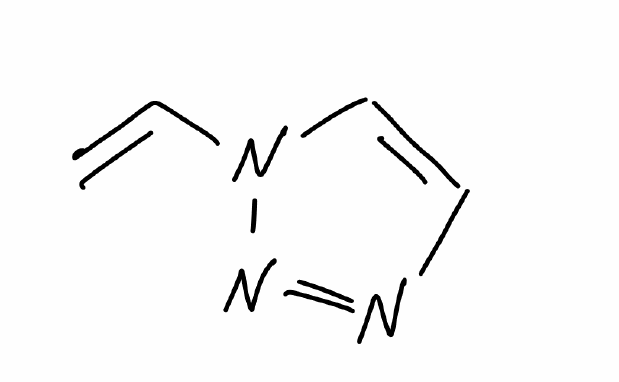
Simplified molecular-input line-entry system (SMILES) notation of the given molecule:
C=CN1C=CN=N1